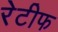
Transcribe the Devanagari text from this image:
रेटीफ